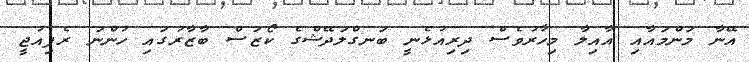
އޭނާ މަންމައާއި އާއިލާ މިހާރުވެސް ދިރިއުޅެނީ ބަނގްލަދޭޝްގެ ކޯޒަސް ބާޒާރުގައި ހުންނަ ރެފިއުޖީ